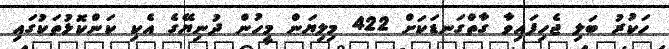
ހަކުރު ބަލި ޖެހިފައިވާ ގާތްގަނޑަކަށް 422 މިލިޔަން މީހުން ދުނިޔޭގެ އެކި ކަންކޮޅުތަކުގައި